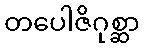
တပေါဇိဂုစ္ဆာ